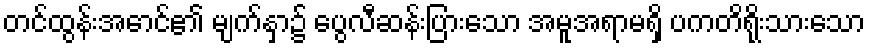
တင်ထွန်းအောင်၏ မျက်နှာ၌ ပွေလီဆန်းပြားသော အမူအရာမရှိ ပကတိရိုးသားသော